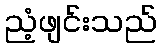
ညံ့ဖျင်းသည်